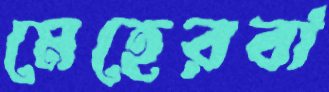
মেহেরবা